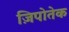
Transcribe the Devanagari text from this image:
ज़िपोतेक